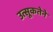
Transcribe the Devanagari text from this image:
उत्सूकतेने